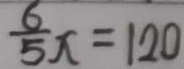
\frac { 6 } { 5 } x = 1 2 0